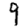
Digit: 9